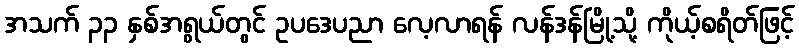
အသက် ၃၃ နှစ်အရွယ်တွင် ဥပဒေပညာ လေ့လာရန် လန်ဒန်မြို့သို့ ကိုယ့်စရိတ်ဖြင့်